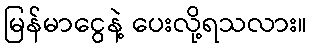
မြန်မာငွေနဲ့ ပေးလို့ရသလား။